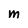
Character: M